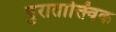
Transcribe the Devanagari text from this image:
पुराताक्त्विक